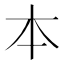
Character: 本